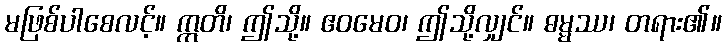
မဖြစ်ပါစေလင့်။ ဣတိ၊ ဤသို့။ ဧဝမေဝ၊ ဤသို့လျှင်။ ဓမ္မဿ၊ တရား၏။